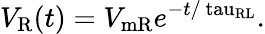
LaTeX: V_{\mathrm{{R}}}(t)=V_{\mathrm{{mR}}}e^{-t/\mathrm{{\ tau_{RL}}}}.